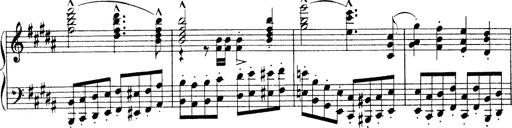
Title: Wagner-Liszt Album
Composer: Franz Liszt